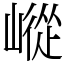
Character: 嵷